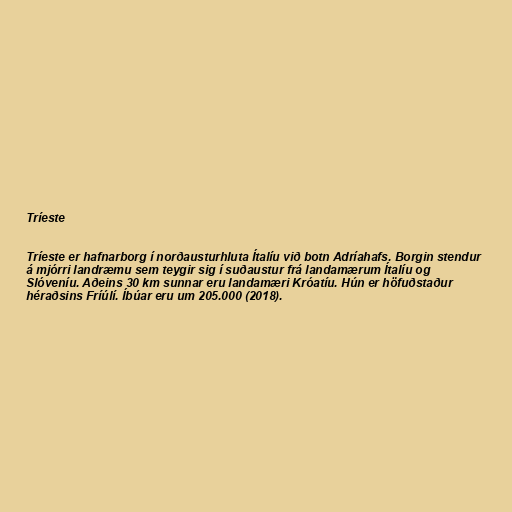
Tríeste

Tríeste er hafnarborg í norðausturhluta Ítalíu við botn Adríahafs. Borgin stendur
á mjórri landræmu sem teygir sig í suðaustur frá landamærum Ítalíu og
Slóveníu. Aðeins 30 km sunnar eru landamæri Króatíu. Hún er höfuðstaður
héraðsins Fríúlí. Íbúar eru um 205.000 (2018).